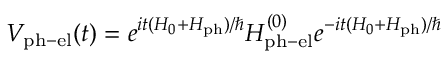
V _ { \mathrm { p h - e l } } ( t ) = e ^ { i t ( H _ { 0 } + H _ { \mathrm { p h } } ) / \hbar } H _ { \mathrm { p h - e l } } ^ { ( 0 ) } e ^ { - i t ( H _ { 0 } + H _ { \mathrm { p h } } ) / \hbar }